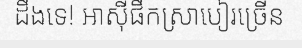
ដឹងទេ! អាស៊ីផឹកស្រាបៀរច្រើន